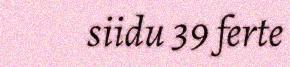
siidu 39 ferte